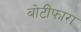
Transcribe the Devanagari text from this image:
बोटीफारा